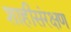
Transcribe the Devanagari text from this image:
शाहीसंरक्षण